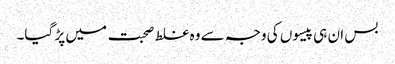
بس ان ہی پیسوں کی وجہ سے وہ غلط صحبت میں پڑ گیا۔